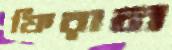
ফিরান